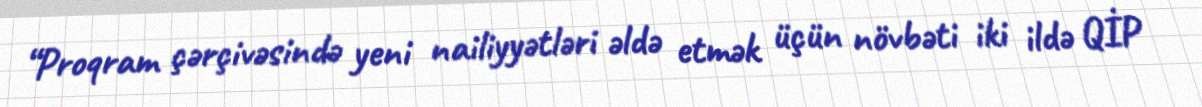
“Proqram çərçivəsində yeni nailiyyətləri əldə etmək üçün növbəti iki ildə QİP